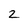
Character: 2